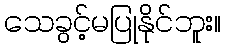
သေခွင့်မပြုနိုင်ဘူး။